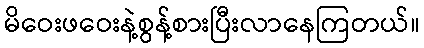
မိဝေးဖဝေးနဲ့စွန့်စားပြီးလာနေကြတယ်။